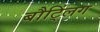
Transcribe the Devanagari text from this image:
बौट्लिंग